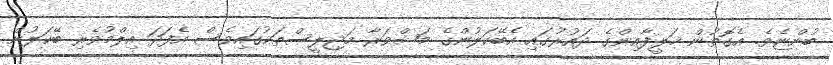
ބުންޏެވެ. އެގޮތުން ޚަލީފާއިންގެ ދައުރުގައި އެބޭކަލުންގެ މަޝްވަރާ މަޖިލީސްތަކުގައިވެސް އެފަދަ އިލްމުވެރި ބޭކަލުން